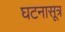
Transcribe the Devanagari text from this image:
घटनासूत्र